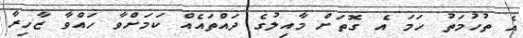
އެ ތުހުމަތު ހަމަ އެ ގޮތަަށް މާއިލުގެ ދައްތައެއް ކަމަށްވާ ހައްވާ ޒާހިރާ